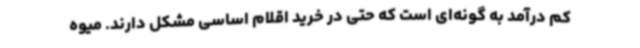
کم درآمد به گونه‌ای است که حتی در خرید اقلام اساسی مشکل دارند. میوه